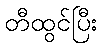
တီထွင်ပြီး